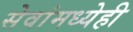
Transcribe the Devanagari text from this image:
सेवांमध्येही